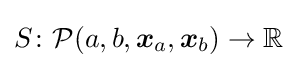
S\colon {\cal {P}}(a,b,{\boldsymbol {x}}_{a},{\boldsymbol {x}}_{b})\to \mathbb {R}